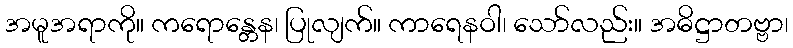
အမူအရာကို။ ကရောန္တေန၊ ပြုလျက်။ ကာရေနဝါ၊ သော်လည်း။ အဓိဋ္ဌာတဗ္ဗာ၊